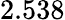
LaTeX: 2.538